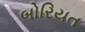
બોરિયત